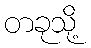
တခုသို့